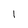
Character: l